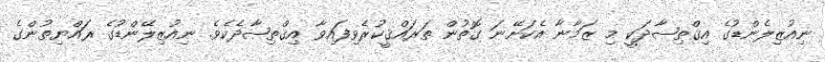
ނިއުޒިލެންޑުގެ އިޤްތިޞާދަކީ މި ޒަމާނާ އެކަށޭނަ ގޮތުން ތަރައްޤީކުރެވިފައިވާ އިޤްތިޞާދެކެވެ. ނިއުޒިލޭންޑުގެ ރައްޔިތުންގެ